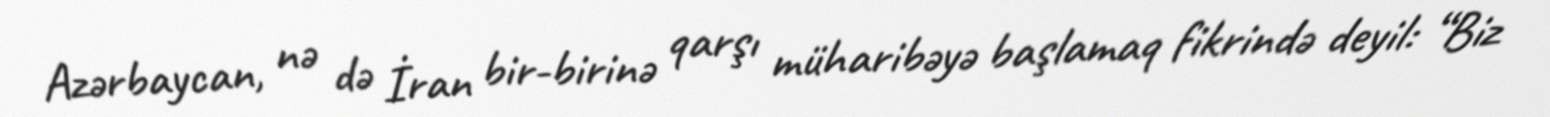
Azərbaycan, nə də İran bir-birinə qarşı müharibəyə başlamaq fikrində deyil: “Biz